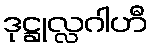
ဒုဋ္ဌုလ္လဂါဟီ